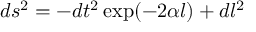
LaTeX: d s ^ { 2 } = - d t ^ { 2 } \exp ( - 2 \alpha l ) + d l ^ { 2 }